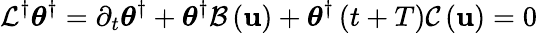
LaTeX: {\cal L}^{\dagger}\boldsymbol{\theta}^{\dagger}=\partial_{t}\boldsymbol{\theta}^{\dagger}+\boldsymbol{\theta}^{\dagger}{\cal B}\left({\mathbf u}\right)+\boldsymbol{\theta}^{\dagger}\left(t+T\right){\cal C}\left({\mathbf u}\right)=0